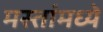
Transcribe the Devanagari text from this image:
मस्तांमध्ये